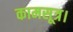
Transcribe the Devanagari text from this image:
कामसूत्र।